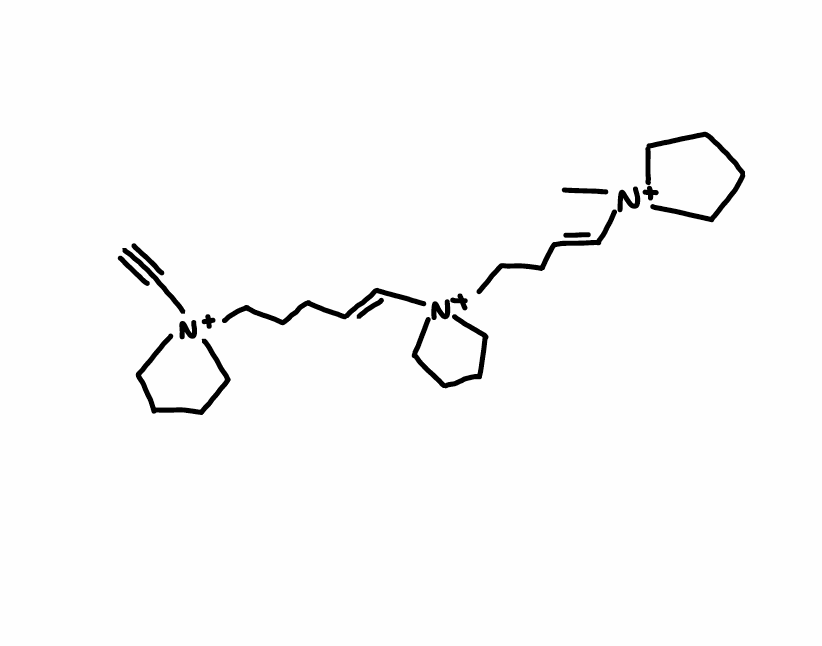
Simplified molecular-input line-entry system (SMILES) notation of the given molecule:
C[N+]1(CCCC1)/C=C/CC[N+]2(CCCC2)/C=C/CCC[N+]3(CCCC3)C#C